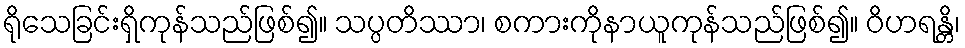
ရိုသေခြင်းရှိကုန်သည်ဖြစ်၍။ သပ္ပတိဿာ၊ စကားကိုနာယူကုန်သည်ဖြစ်၍။ ဝိဟရန္တိ၊